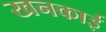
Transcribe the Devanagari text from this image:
खनकाई